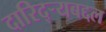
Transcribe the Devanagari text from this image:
दारिद्‌र्‍यबद्दल